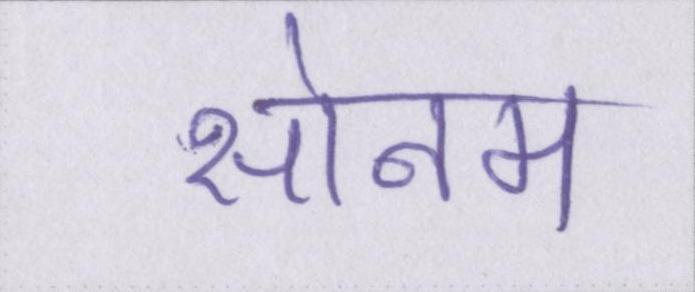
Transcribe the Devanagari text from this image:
सोनम